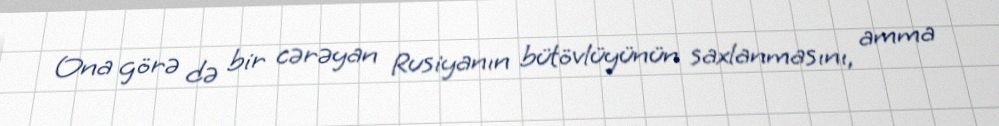
Ona görə də bir cərəyan Rusiyanın bütövlüyünün saxlanmasını, amma